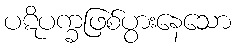
ပဋိပက္ခဖြစ်ပွားနေသော